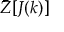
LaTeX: \bar { Z } [ J ( k ) ]